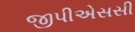
જીપીએસસી